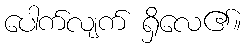
ပေါက်လျက် ရှိလေ၏။